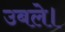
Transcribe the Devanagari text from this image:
उबले।